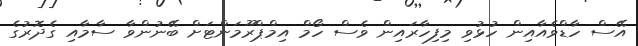
އޭސް ހާޑްވެއާއިން ހުޅުވި މިފިހާރައިން ވެސް ހޯމް އިމްޕްރޫމަންޓަށް ބޭނުންވާ ސާމާއި ގެދޮރުގެ